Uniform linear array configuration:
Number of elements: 8
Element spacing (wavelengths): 0.75
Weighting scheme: kaiser
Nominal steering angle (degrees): -60
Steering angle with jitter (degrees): -61.063
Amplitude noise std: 0.05
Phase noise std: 0.05

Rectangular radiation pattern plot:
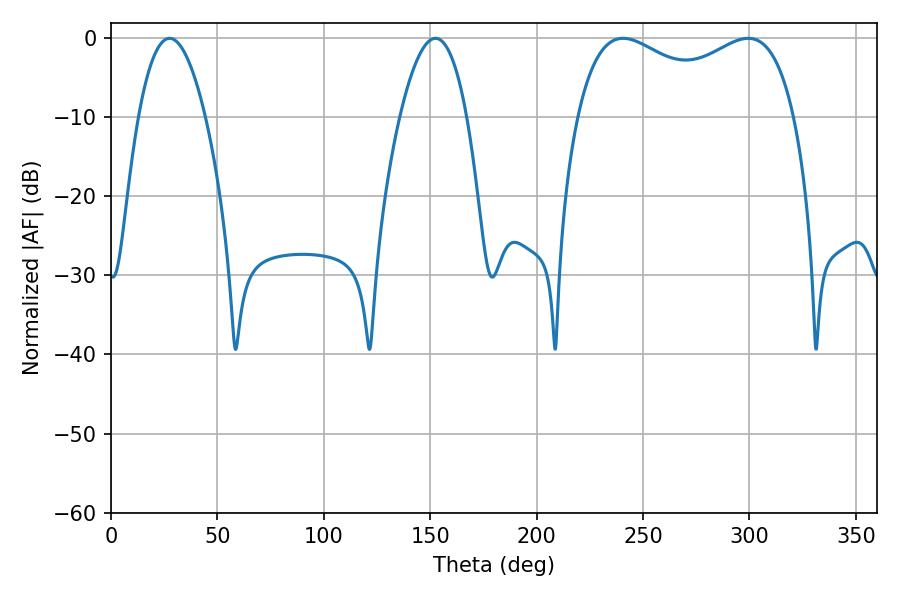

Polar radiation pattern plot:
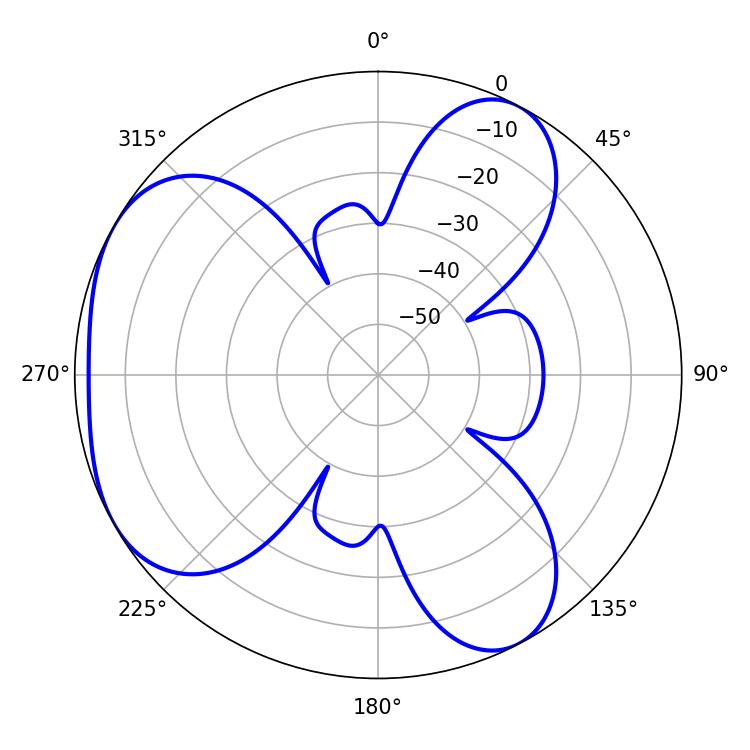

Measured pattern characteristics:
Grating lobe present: TRUE
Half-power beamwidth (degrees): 17.28
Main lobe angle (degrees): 27.54